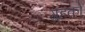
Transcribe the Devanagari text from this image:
ग्रहको